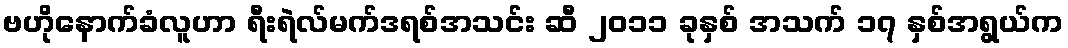
ဗဟိုနောက်ခံလူဟာ ရီးရဲလ်မက်ဒရစ်အသင်း ဆီ ၂၀၁၁ ခုနှစ် အသက် ၁၇ နှစ်အရွယ်က